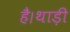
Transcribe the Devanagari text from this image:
है।थाड़ी